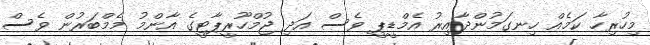
މިހުރިހާ ކަމެއް ހިނގަމުންދާއިރު އެމްޑީޕީ ވެސް އަދި ޖުމްހޫރީޕާޓީގެ އާންމު މެމްބަރުން ވެސް